[Report on the health of British troops in the Madras command]
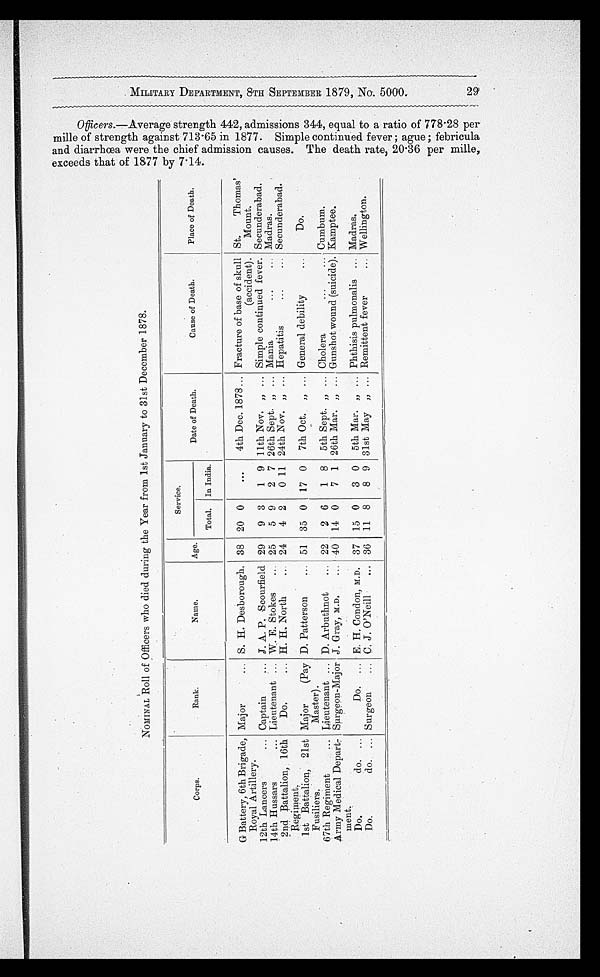
mi l i t a r y d e p a r t me n t , 8 t h s e p t e mb e r 1 8 7 9 , n o . 5 0 0 0 . 2 9
O f f i c e r s . — A v e r a g e s t r e n g t h 4 4 2 , a d m i s s i o n s 3 4 4 , e q u a l t o a r a t i o o f 7 7 8 . 2 8 p e r m i l e o f s t r e a n g t h a g a i n s t 7 1 3 · 6 5 i n 1 8 7 7 7 . S i m p l e c o n t i n u e d f e v e r ; a g u e ; f e b r i c u l a a n d d i a r r h æ a w e r e t h e c h e i f a d m i s s i o n c a u s e s . T h e d e a t h r a t e , 2 0 · 3 6 p e r m i l e , e x c e e d s t h a t o f 1 8 7 7 b y 7 · 1 4 .
NOMINAL Roll of Officers who died during the Year from 1st January to 31st December 1878.
Corps.
Rank.
Name.
Age.
Service.
Date of Death.
Cause of Death.
Place of Death.
Total,
In India.
G Battery, 6th Brigade,
Royal Artillery.
Major
... S. H. Desborough, 38 20 0
•••
4th Dec. 1878 ... Fracture of base of skull
(accident).
St.
Thomas'
Mount.
12th Lancers
... Captain
... J. A. P, Scourfield 29
9 3
1 9 11th Nov, „ ... Simple continued fever. Secunderabad,
14th Hussars
... Lieutenant ... W. E. Stokes
... 25
5 9
2 7 26th Sept. „ ... Mania
...
... Madras.
2nd Battalion, 16th
Do.
... H. H.. North
24
4 2
0 11 24th Nov. „ ... Hepatitis
...
... Secunderabad.
R e g i m e n t .
1st Battalion, 21st Major
(Pay D. Patterson
51 35 0 17 0 7th Oct. „ ... General debility
...
Do.
Fusiliers.
Master).
67th Regiment
Lieutenant .. D. Arbuthnot
... 22
2 6
1 8 5th Sept. „ ... Cholera
...
... Cumbum,
Army Medical Depart:-
w e n t .
Surgeon-Major J. Gray, M.D.
...
40 14 0
7 1 26th Mar. „ ... Gunshot wound (suicide). Kamptee.
Do.
do. ...
Do. .
E. H. Condon, M.D. 37 15 0
3 0 5th Mar. „ . Phthisis pulmonalis ... Madras.
Do.
do.. „. Surgeon
C. J. O'Neill
... 36 11 8
8 9 31st May „ . Remittent fever
... Wellington.